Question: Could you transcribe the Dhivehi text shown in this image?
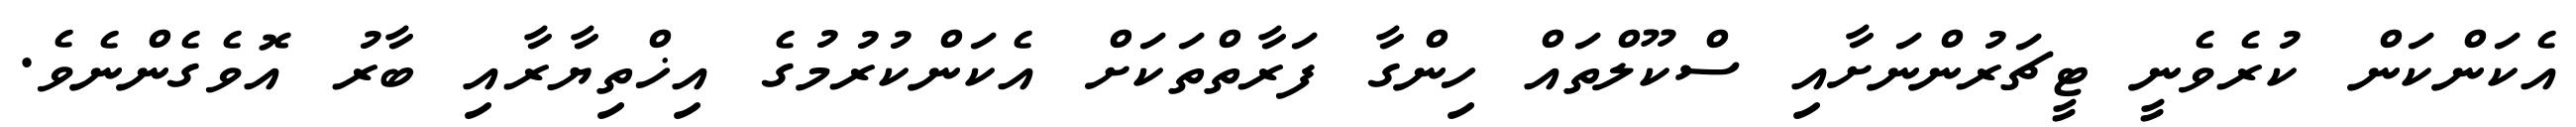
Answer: އެކަންކަން ކުރެވެނީ ޓީޗަރުންނަށާއި ސްކޫލްތައް ހިންގާ ފަރާތްތަކަށް އެކަންކުރުމުގެ އިޚްތިޔާރާއި ބާރު އޮވެގެންނެވެ.